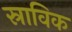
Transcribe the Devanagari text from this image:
स्राविक